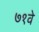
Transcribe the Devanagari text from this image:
७१वे